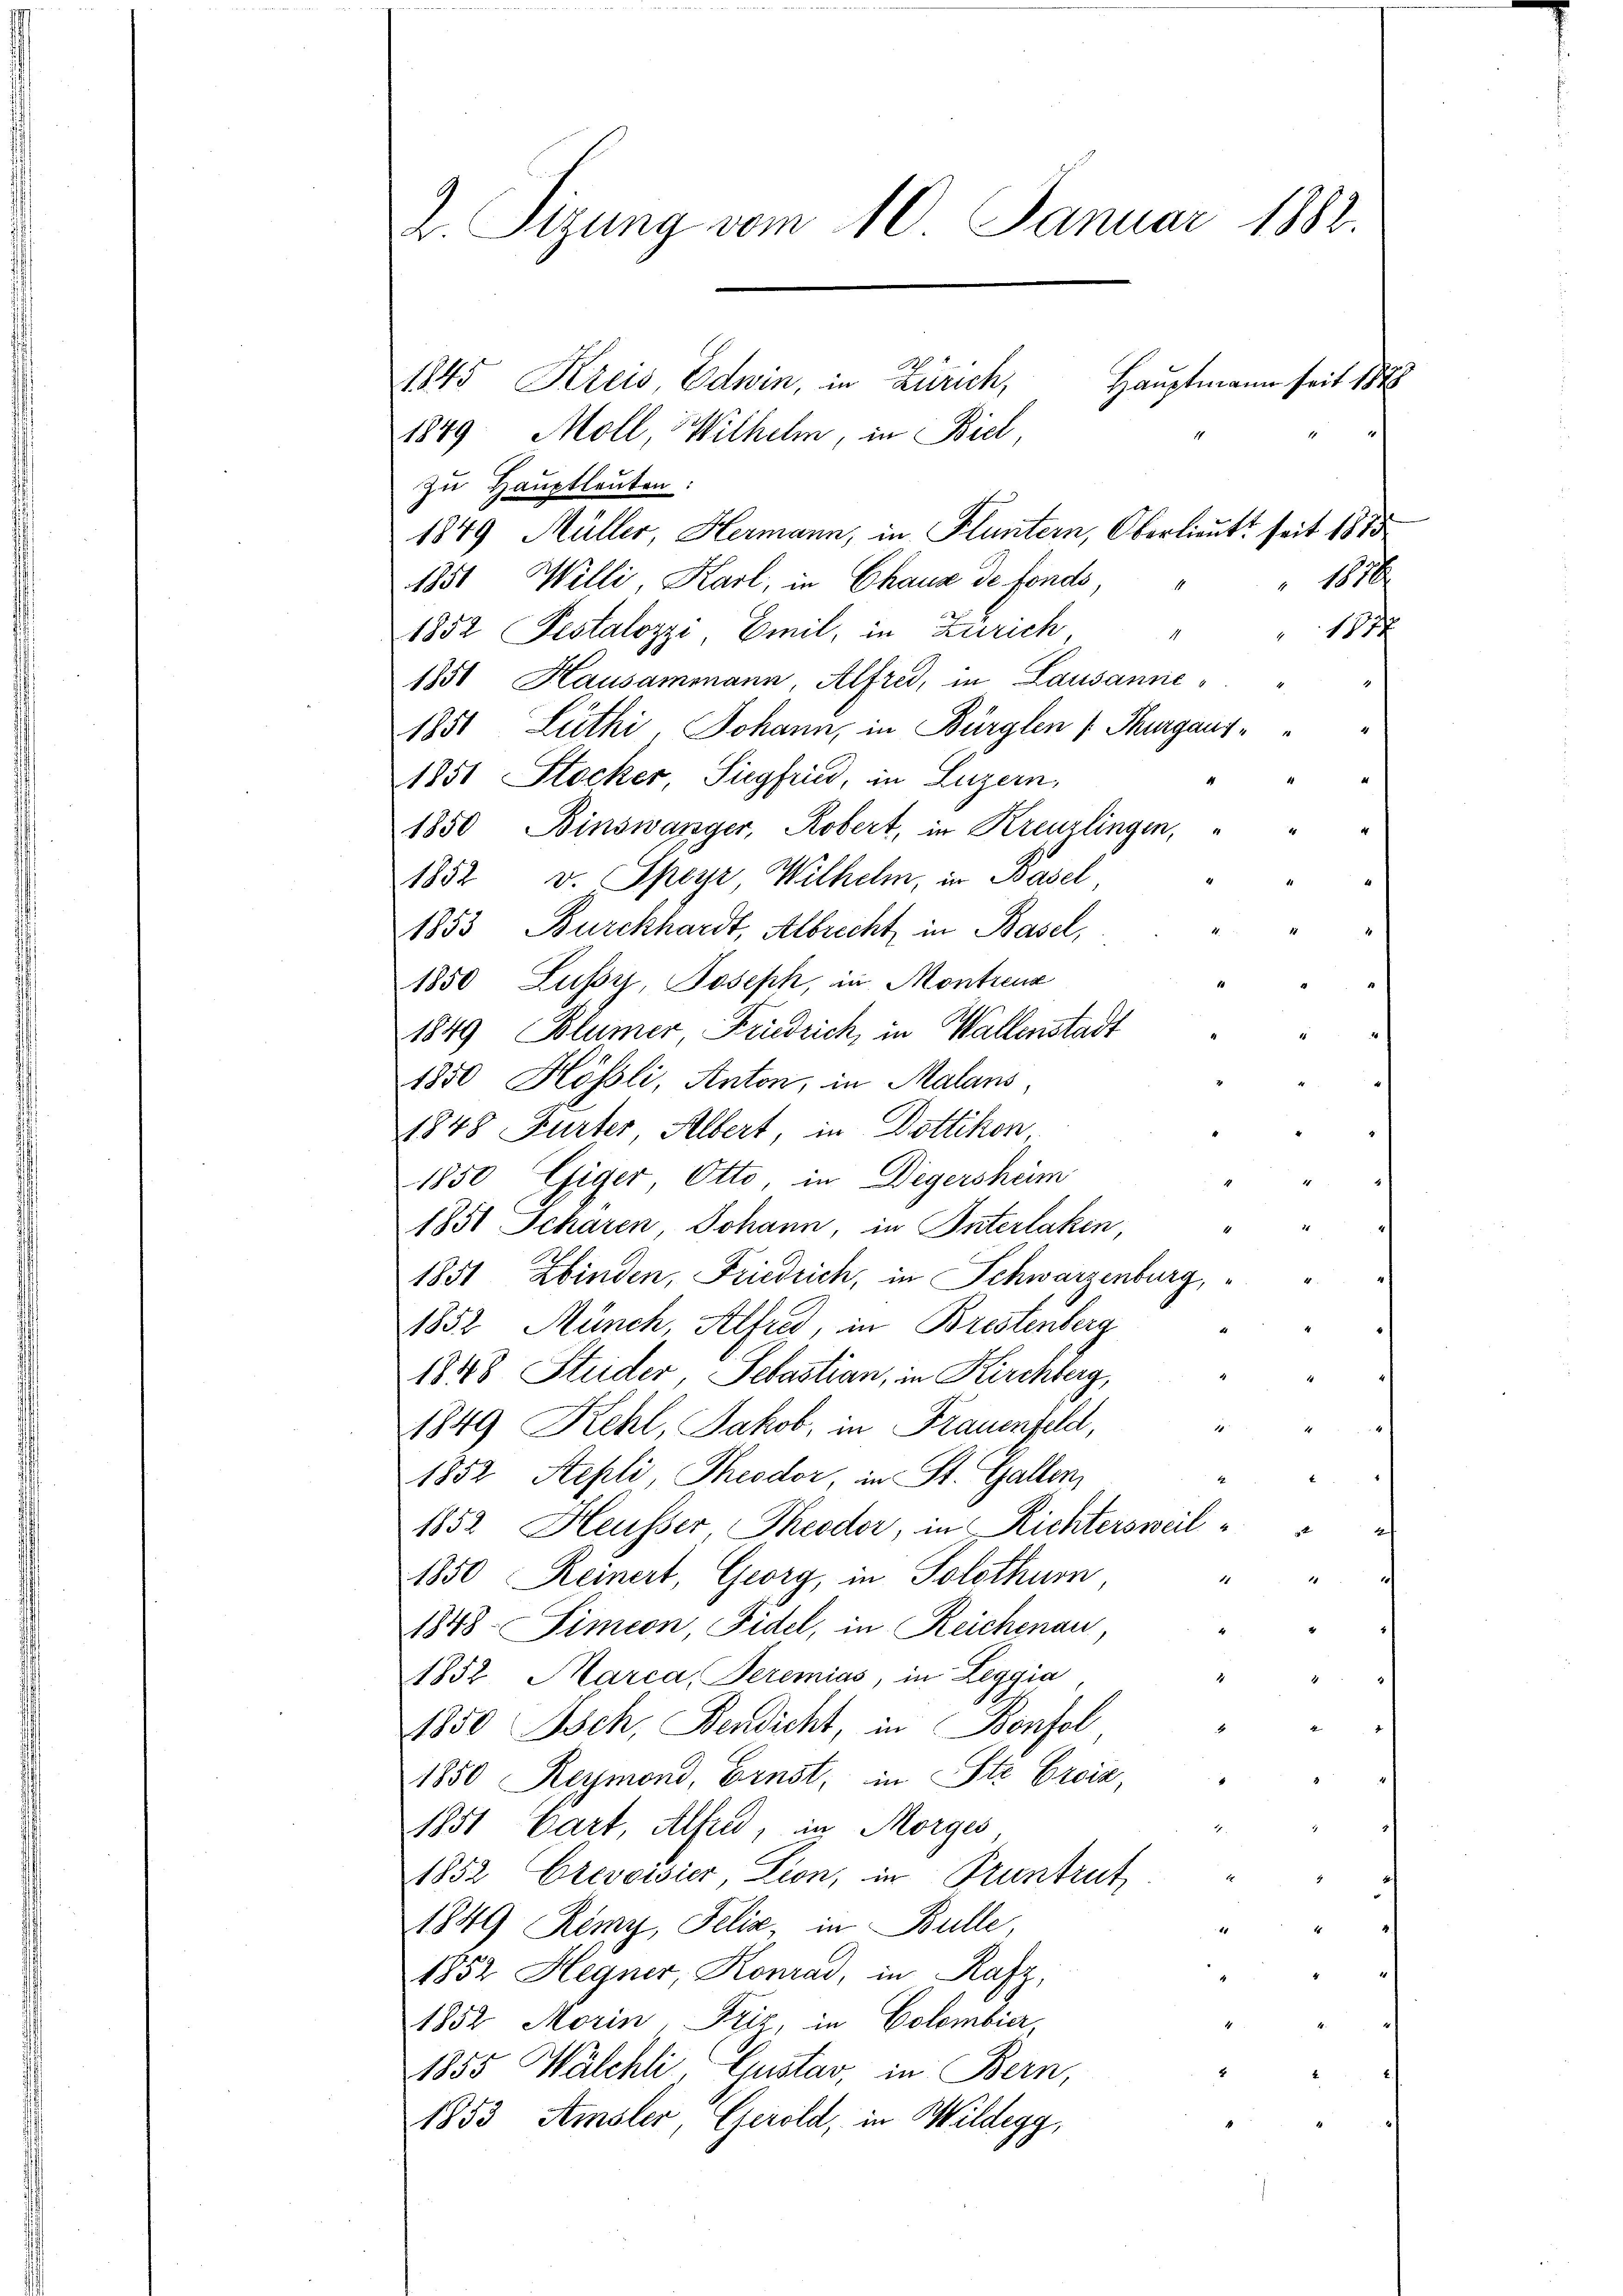
2. Tizung vom 10. Januar 1882.

1845 Kreis, Edwin, in Zürich,
1849 Moll, Wilhelm, in Biel,
zu Hauptleuten:
1849 Müller, Hermann, in Fluntern, Oberlieutt seit 1875
1816
1851 Willi, Karl, in Chaus de fonds,
1177
1852 Pestalozzi, Emil, in Zürich
4
1851 Hausammann, Alfred, in Lausanne¬
1851 Lüthi, Johann, in Bürglen v. Thurgaus¬
1851 Stocker, Siegfried, in Luzern,
1
1850 Binswanger, Robert, in Kreuzlingen,
1852 v. Speyr Wilhelm, in Basel
1853 Burckhardt, Albrecht in Basel,
1850, Lussy, Joseph, in Montrenz
1849 Blümer Friedrich, in Wallenstadt
1850 Hössli, Anton, in Malans,
1848 Furter Albert, in Dottikon
1850 Giger Otto, in Degershem
1851 Scharen, Johann, in Interlaken,
1851 Zbinden, Friedrich, in Schwarzenburg,
1852 Münch, Alfred, in Brestenberg
1848 Studer Sebastian, in Kirchberg,
1849 Kehl, Jakob, in Frauenfeld,
1852 Aepli Theodor, in St. Gallen,
1852 Heusser Theodor, in Richtersweil "
1850 Reinert, Georg, in Solothurn
1
1
1848. Simeon, Fidel, in Reichenau
1852 Marca, Peremias, in Leggia
1850 Isch, Bendicht, in Bonfol
1850 Reymond, Ernst, in Ste Croia,
1851 Cart, Alfred, in Morges
1
1852 Crevoisier, Lion, in Pruntrut
1
1849 Remy, Felix, in Bulle
1852 Hegner, Konrad, in Rafz,
1852 Morin Friz in Colombier,
1855 Walchli, Gustav, in Bern,
1853 Amsler, Gerold, in Wildegg,

Hauptmann seit 188